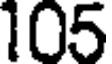
105